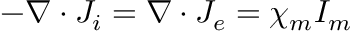
- \nabla \cdot J _ { i } = \nabla \cdot J _ { e } = \chi _ { m } I _ { m }